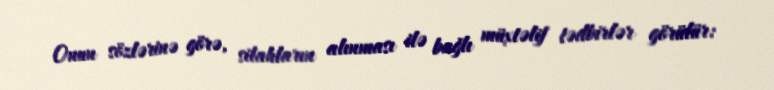
Onun sözlərinə görə, silahların alınması ilə bağlı müxtəlif tədbirlər görülür: